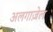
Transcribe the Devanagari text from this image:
अलगाज़ेल